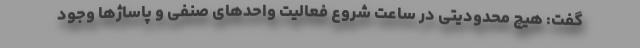
گفت: هیچ محدودیتی در ساعت شروع فعالیت واحد‌های صنفی و پاساژ‌ها وجود